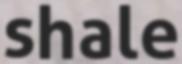
shale